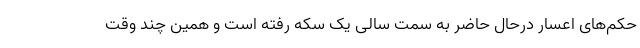
حکم‌های اعسار درحال حاضر به سمت سالی یک سکه رفته است و همین چند وقت